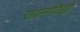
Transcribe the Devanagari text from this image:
राजनयिज्ञों